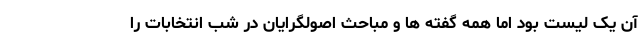
آن یک لیست بود اما همه گفته ها و مباحث اصولگرایان در شب انتخابات را